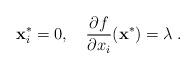
LaTeX: \begin{align*} \mathbf{x}^*_i=0,\quad\frac{\partial f}{\partial x_i}(\mathbf{x}^*)=\lambda\;. \end{align*}